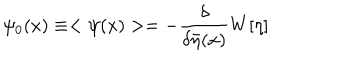
\psi _ { 0 } ( x ) \equiv < \psi ( x ) > = - \frac { \delta } { \delta \bar { \eta } ( x ) } W [ \eta ]